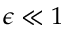
\epsilon \ll 1